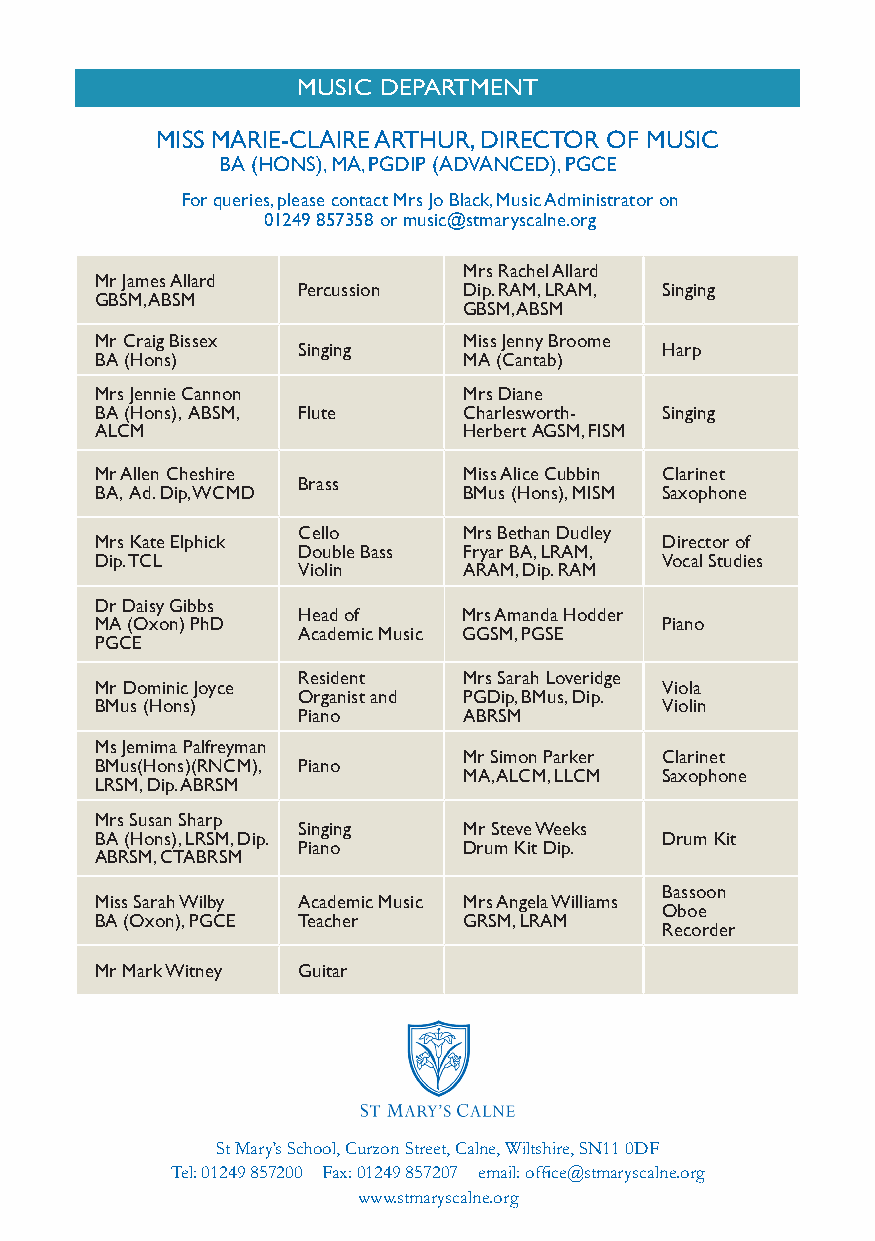
MUSIC DEPARTMENT
 MISS MARIE-CLAIRE ARTHUR, DIRECTOR OF MUSIC
 BA (HONS), MA, PGDIP (ADVANCED), PGCE
 For queries, please contact Mrs Jo Black, Music Administrator on
 01249 857358 or music@stmaryscalne.org
 Mrs Rachel Allard
 Mr James Allard
 Percussion Dip. RAM, LRAM, Singing
 GBSM, ABSM
 GBSM, ABSM
 Mr Craig Bissex          Miss Jenny Broome
 Singing                 Harp
 BA (Hons)                MA (Cantab)
 Mrs Jennie Cannon        Mrs Diane
 BA (Hons), ABSM, Flute   Charlesworth- Singing
 ALCM                     Herbert AGSM, FISM
 Mr Allen Cheshire        Miss Alice Cubbin Clarinet
 Brass
 BA, Ad. Dip, WCMD        BMus (Hons), MISM Saxophone
 Cello      Mrs Bethan Dudley
 Mrs Kate Elphick                      Director of
 Double Bass Fryar BA, LRAM,
 Dip. TCL                              Vocal Studies
 Violin     ARAM, Dip. RAM
 Dr Daisy Gibbs
 Head of    Mrs Amanda Hodder
 MA (Oxon) PhD                         Piano
 Academic Music GGSM, PGSE
 PGCE
 Resident   Mrs Sarah Loveridge
 Mr Dominic Joyce                      Viola
 Organist and PGDip, BMus, Dip.
 BMus (Hons)                           Violin
 Piano      ABRSM
 Ms Jemima Palfreyman
 Mr Simon Parker Clarinet
 BMus(Hons)(RNCM), Piano
 MA, ALCM, LLCM Saxophone
 LRSM, Dip. ABRSM
 Mrs Susan Sharp
 Singing    Mr Steve Weeks
 BA (Hons), LRSM, Dip.                 Drum Kit
 Piano      Drum Kit Dip.
 ABRSM, CTABRSM
 Bassoon
 Miss Sarah Wilby Academic Music Mrs Angela Williams
 Oboe
 BA (Oxon), PGCE Teacher  GRSM, LRAM
 Recorder
 Mr Mark Witney Guitar
 St Mary’s School, Curzon Street, Calne, Wiltshire, SN11 0DF
 Tel: 01249 857200 Fax: 01249 857207 email: office@stmaryscalne.org
 www.stmaryscalne.org